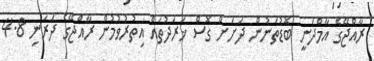
ރާއްޖޭގެ އާމްދަނީ ބޮޑުތަނުން ދަށަށް ގޮސް ޚަރަދުތައް އިތުރުވުމުން ރާއްޖޭގެ ދަރަނި 4.8